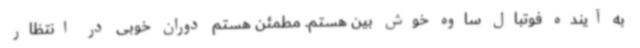
به آینده فوتبال ساوه خوش بین هستم. مطمئن هستم دوران خوبی در انتظار